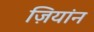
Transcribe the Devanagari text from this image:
ज़ियांन